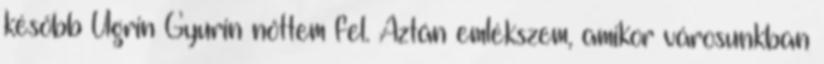
később Ugrin Gyurin nőttem fel. Aztán emlékszem, amikor városunkban